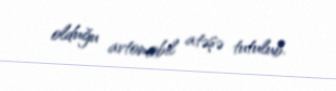
olduğu avtomobil atəşə tutulub.